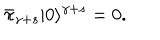
\bar { \pi } _ { \gamma + s } | 0 \rangle ^ { \gamma + s } = 0 .